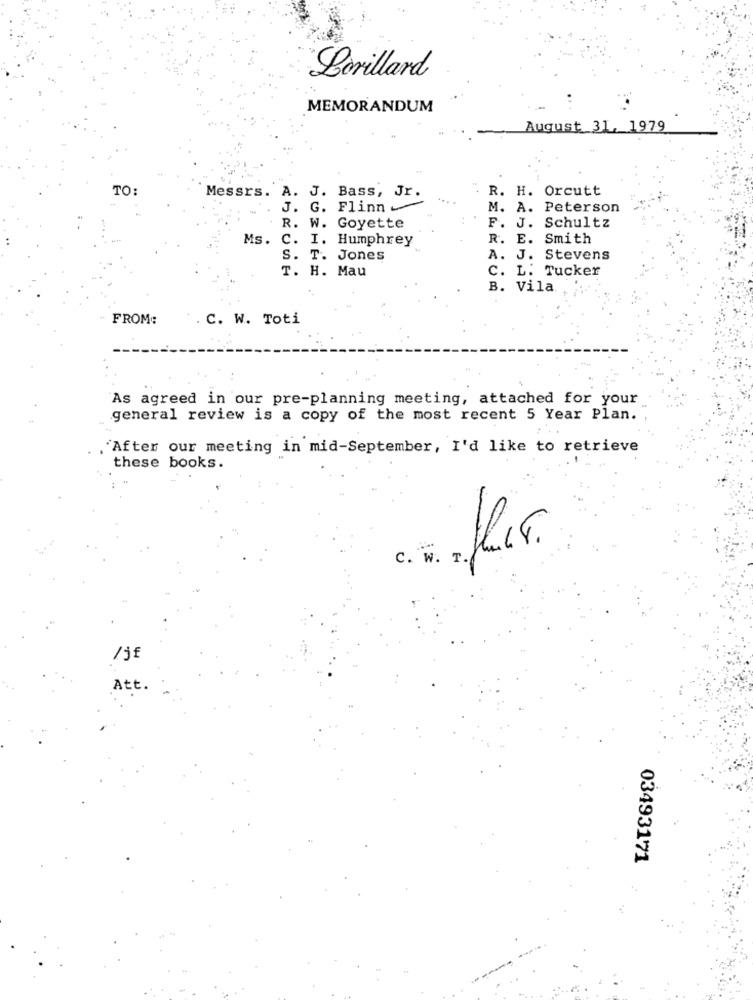
Lorillard
MEMORANDUM
August 31, 1979
TO:
A. J. Bass, Jr.
R. H. Orcutt
Messrs.
G. Flinn -
M. A. Peterson
R. W. Goyette
F. J. Schultz
Ms.
C. I. Humphrey
R. E. Smith
S. T. Jones
A. J. Stevens
T. H. Mau
C. L. Tucker
B. Vila.
FROM:
C. W. Toti
As agreed in our pre-planning meeting, attached for your
general review is a copy of the most recent 5 Year Plan.
"After our meeting in mid-September, I'd like to retrieve
these books.
C. W. T.
/jf
Att.
03493171